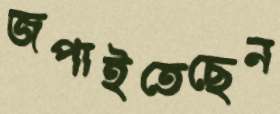
জপাইতেছেন